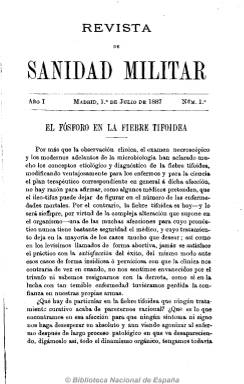
Título: Revista de sanidad militar (Madrid. 1887)
Colección: Medicina militar
Ámbito geográfico: Madrid
Lugar de publicación: Madrid
Fechas: 01/07/1887-15/12/1906

Con el subtítulo de “publicación consagrada a los intereses científicos y profesionales del Cuerpo de Sanidad Militar”, es continuación de Gaceta de sanidad militar (1875-1885). Sigue siendo de periodicidad quincenal, saliendo los días 1 y 15 de cada mes, y de 16 páginas, y en julio de 1895 aumenta un pliego, para alcanzar las 24 páginas.

Aparece como fundada y dirigida por los oficiales del citado cuerpo Lorenzo Aycart y Antonio Quintana y Sanz, quienes al ser destinados a Ultramar, en mayo de 1895 ofertan la edición de la revista a la Asociación Filantrópica del cuerpo, que se niega a hacerse cargo de ella, apareciendo a partir del uno de junio de 1895 como nuevo director el médico Manuel Gómez Florio.

Sus contenidos siguen siendo del mismo carácter que los que vienen publicándose desde 1864 por sus anteriores cabeceras, y la estructura de sus secciones es también similar. Incluye artículos doctrinales sobre medicina, farmacia, veterinaria y psicología castrenses, así como las secciones de Prensa y sociedades médicas, una revista de prensa tanto nacional como extranjera; la Sección profesional, con los movimientos de personal del cuerpo, y la de Bibliografía y Variedades, continuando publicando resúmenes de estadísticas sanitarias del ejército español y fórmulas, así como necrológicas de oficiales del cuerpo, algunos de ellos fallecidos en enfrentamientos armados en las colonias españolas de Ultramar. Sigue también incluyendo ilustraciones y láminas, y un índice de materias anual al final de cada tomo.

Junto al número del 15 de diciembre de 1895 de la colección de la Biblioteca Nacional se incluyen tres monografías de la Biblioteca de la Revista de Sanidad Militar. Es continuada por Revista de sanidad militar y la medicina militar española (1907-1910).